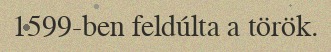
1599-ben feldúlta a török.